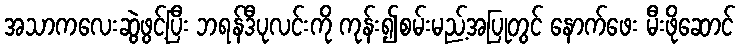
အသာကလေးဆွဲဖွင့်ပြီး ဘရန်ဒီပုလင်းကို ကုန်း၍စမ်းမည့်အပြုတွင် နောက်ဖေး မီးဖိုဆောင်